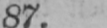
87.